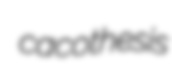
cacothesis